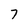
Character: 7